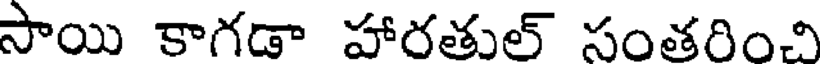
సాయి కాగడా హారతుల్ సంతరించి